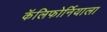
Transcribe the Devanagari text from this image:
कॅलिफोर्नियाला